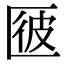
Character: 𠥌